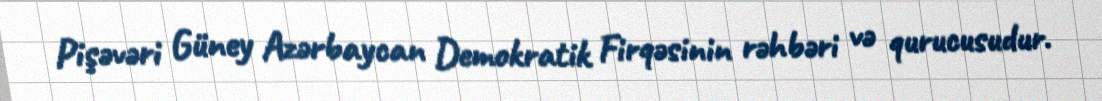
Pişəvəri Güney Azərbaycan Demokratik Firqəsinin rəhbəri və qurucusudur.